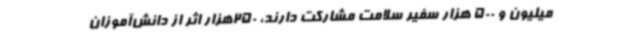
میلیون و 500 هزار سفیر سلامت مشارکت دارند، 250هزار اثر از دانش‌آموزان